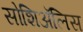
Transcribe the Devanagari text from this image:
सोशिअॅलिस